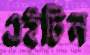
এইটিন